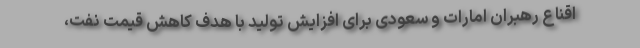
اقناع رهبران امارات و سعودی برای افزایش تولید با هدف کاهش قیمت نفت،